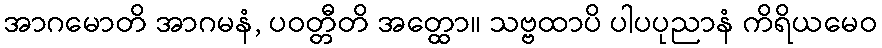
အာဂမောတိ အာဂမနံ, ပဝတ္တီတိ အတ္ထော။ သဗ္ဗထာပိ ပါပပုညာနံ ကိရိယမေဝ